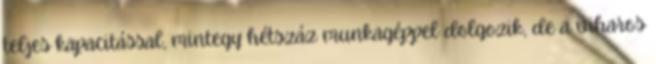
teljes kapacitással, mintegy hétszáz munkagéppel dolgozik, de a viharos